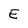
Character: E